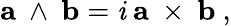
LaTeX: \mathbf{a}\ \wedge\ \mathbf{b}={\mathit{i}}\ \mathbf{a}\ \times\ \mathbf{b}\ ,